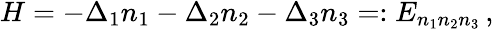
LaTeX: \begin{array}{r}{H=-\Delta_{1}n_{1}-\Delta_{2}n_{2}-\Delta_{3}n_{3}=:E_{n_{1}n_{2}n_{3}}\, ,}\end{array}